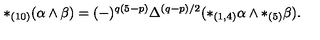
* _ { ( 1 0 ) } ( \alpha \wedge \beta ) = ( - ) ^ { q ( 5 - p ) } \Delta ^ { ( q - p ) / 2 } ( * _ { ( 1 , 4 ) } \alpha \wedge * _ { ( 5 ) } \beta ) .